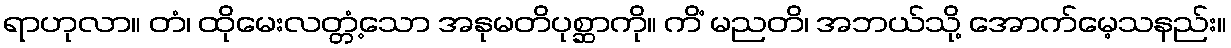
ရာဟုလာ။ တံ၊ ထိုမေးလတ္တံ့သော အနုမတိပုစ္ဆာကို။ ကိံ မညတိ၊ အဘယ်သို့ အောက်မေ့သနည်း။